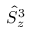
\hat { S } _ { z } ^ { 3 }